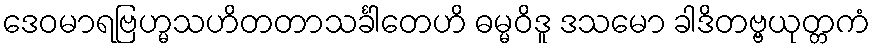
ဒေဝမာရဗြဟ္မသဟိတတာသင်္ခါတေဟိ ဓမ္မဝိဒူ ဒသမော ခါဒိတဗ္ဗယုတ္တကံ